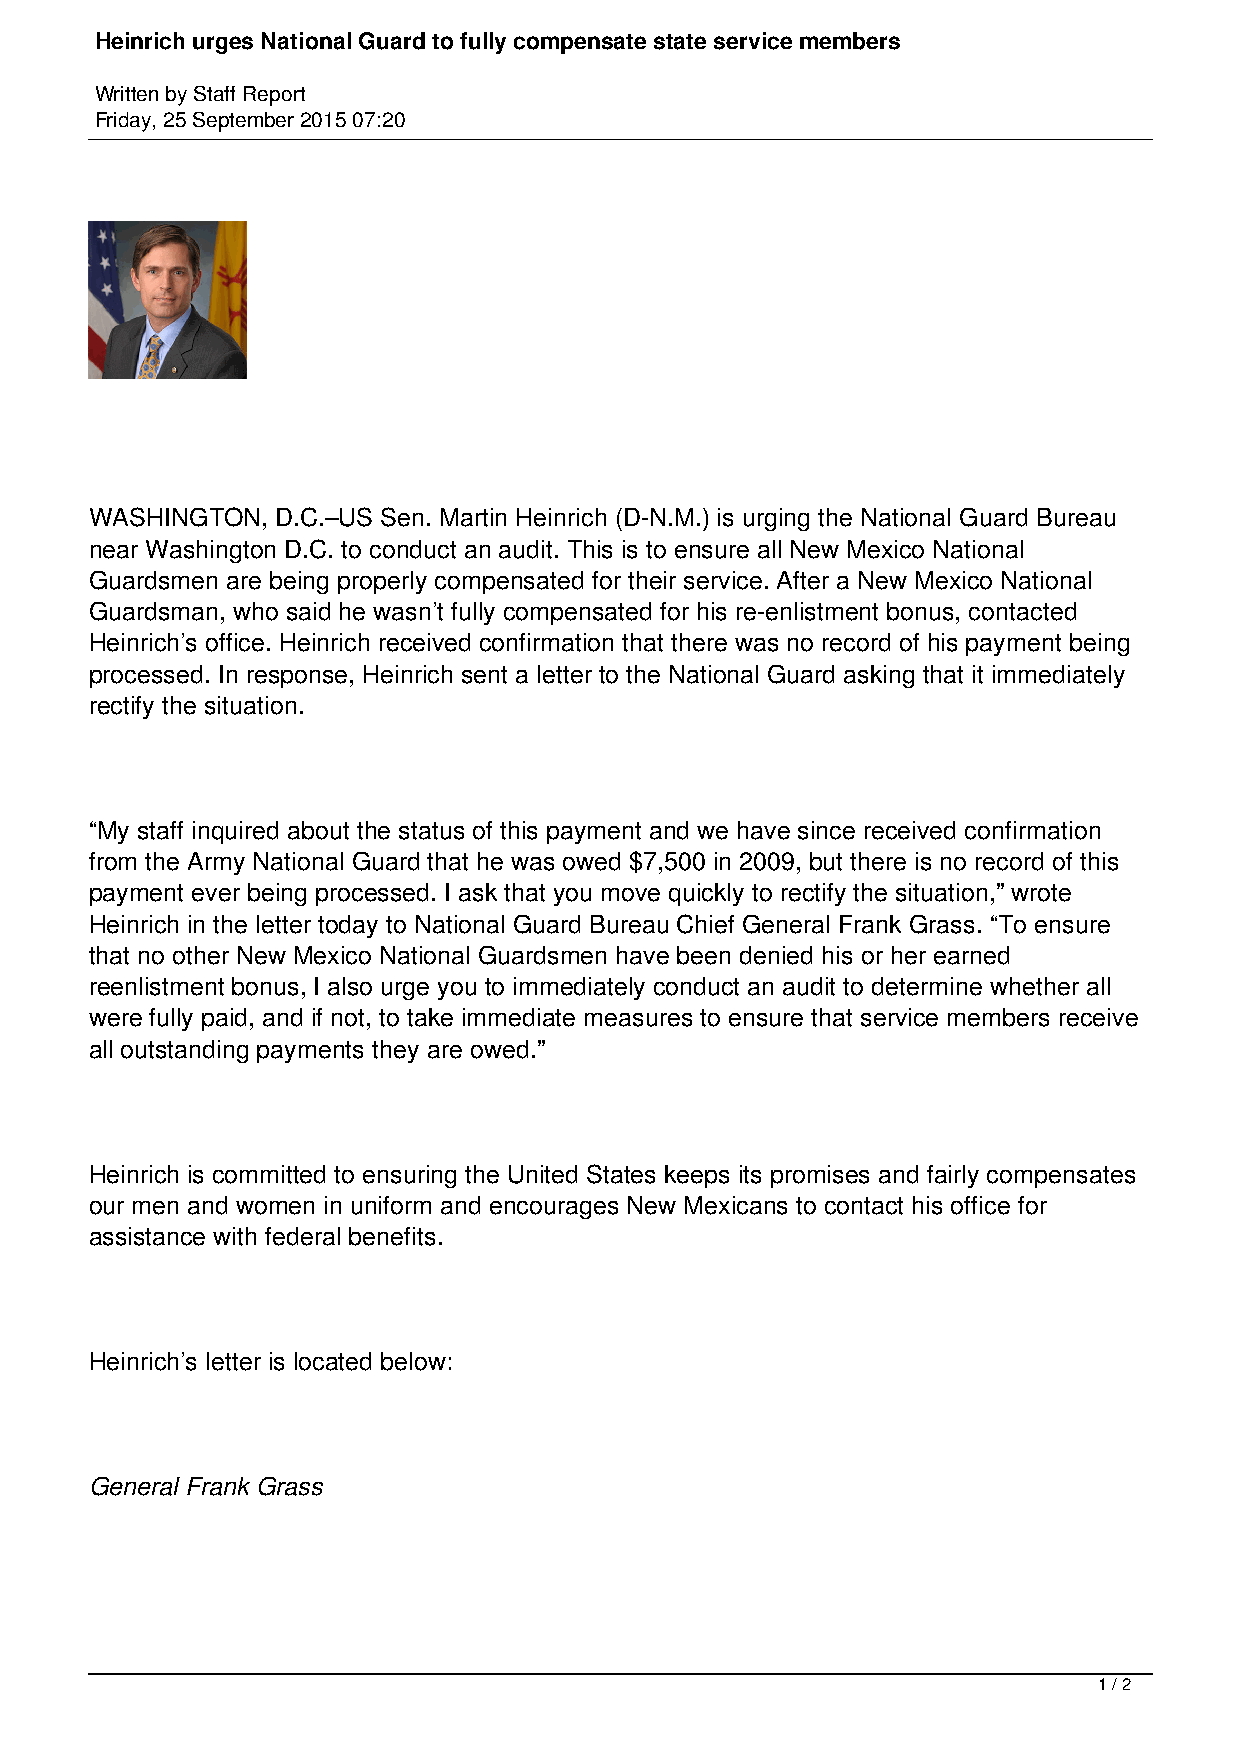
Heinrich urges National Guard to fully compensate state service members
 Written by Staff Report
 Friday, 25 September 2015 07:20
 WASHINGTON, D.C.–US Sen. Martin Heinrich (D-N.M.) is urging the National Guard Bureau
 near Washington D.C. to conduct an audit. This is to ensure all New Mexico National
 Guardsmen are being properly compensated for their service. After a New Mexico National
 Guardsman, who said he wasn’t fully compensated for his re-enlistment bonus, contacted
 Heinrich’s office. Heinrich received confirmation that there was no record of his payment being
 processed. In response, Heinrich sent a letter to the National Guard asking that it immediately
 rectify the situation.
 “My staff inquired about the status of this payment and we have since received confirmation
 from the Army National Guard that he was owed $7,500 in 2009, but there is no record of this
 payment ever being processed. I ask that you move quickly to rectify the situation,” wrote
 Heinrich in the letter today to National Guard Bureau Chief General Frank Grass. “To ensure
 that no other New Mexico National Guardsmen have been denied his or her earned
 reenlistment bonus, I also urge you to immediately conduct an audit to determine whether all
 were fully paid, and if not, to take immediate measures to ensure that service members receive
 all outstanding payments they are owed.”
 Heinrich is committed to ensuring the United States keeps its promises and fairly compensates
 our men and women in uniform and encourages New Mexicans to contact his office for
 assistance with federal benefits.
 Heinrich’s letter is located below:
 General Frank Grass
 1 / 2